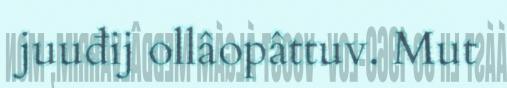
juuđij ollâopâttuv. Mut